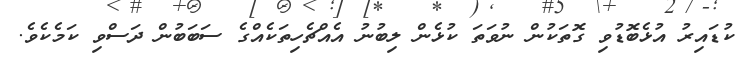
ކުޑައިރު އުޅެބޮޑުވި ގޮތަކުން ނުވަތަ ކުޅެން ލިބުނު އެއްޗެހިތަކެއްގެ ސަބަބުން ދަސްވި ކަމެކެވެ.